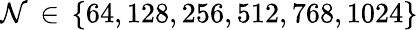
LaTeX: \mathcal{N}\, \in\, \{ 64,128,256,512,768,1024\}